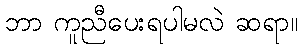
ဘာ ကူညီပေးရပါမလဲ ဆရာ။